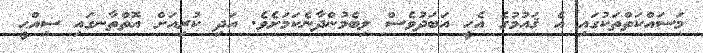
މަސައްކަތްތަކުގައި އެ ޤައުމުގެ އެހީ އަބަދުވެސް ލިބެމުންދާނެކަމަށެވެ. އަދި ކުރިއަށް އޮތްތާނގައި ސިއްޙީ